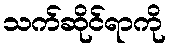
သက်ဆိုင်ရာကို